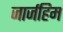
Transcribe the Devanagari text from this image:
जार्जहिम